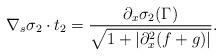
LaTeX: \begin{align*} \nabla_s \sigma_2\cdot t_2 =\displaystyle{\frac{\partial_x \sigma_2(\Gamma)}{\sqrt{1+|\partial_x^2 (f+g)|}}}. \end{align*}